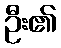
ဦး၏